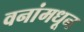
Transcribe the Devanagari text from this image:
वनांमधून